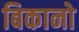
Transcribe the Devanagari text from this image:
बिकानो